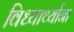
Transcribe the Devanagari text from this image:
विध्यार्थ्याना